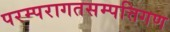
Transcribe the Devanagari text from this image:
परम्परागतसम्पत्तिगण